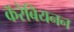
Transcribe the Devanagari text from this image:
कॅरेबियनन